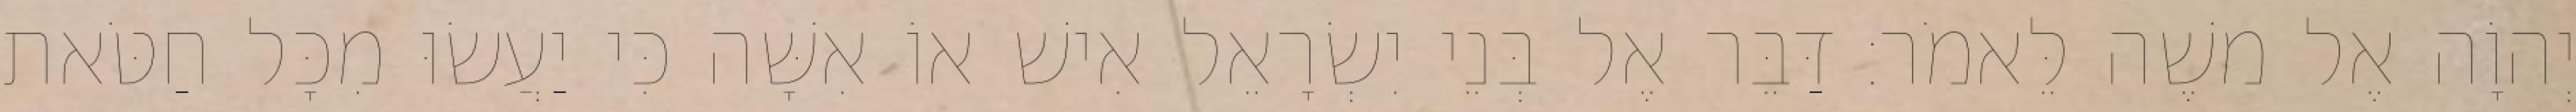
יְהוָֹה אֶל משֶׁה לֵּאמֹר׃ דַּבֵּר אֶל בְּנֵי יִשְׂרָאֵל אִישׁ אוֹ אִשָּׁה כִּי יַעֲשׂוּ מִכָּל חַטֹּאת